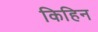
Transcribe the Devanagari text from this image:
किहिन